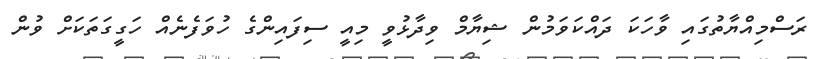
ރަސްމިއްޔާތުގައި ވާހަކަ ދައްކަވަމުން ޝިޔާމް ވިދާޅުވީ މިއީ ސިފައިންގެ ހުވަފެނެއް ހަގީގަތަކަށް ވުން